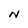
Character: N